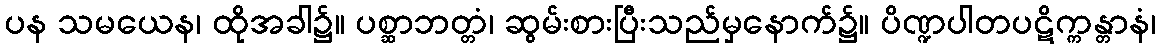
ပန သမယေန၊ ထိုအခါ၌။ ပစ္ဆာဘတ္တံ၊ ဆွမ်းစားပြီးသည်မှနောက်၌။ ပိဏ္ဍပါတပဋိက္ကန္တာနံ၊